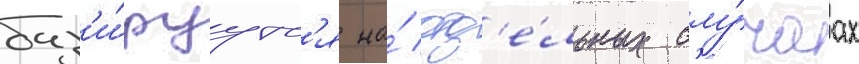
баз'и́руутс'я на́ отд'е́льных слу́чаах